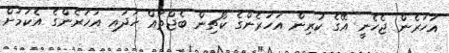
އަހަރެން ޖެހެނީ އޭގެ ކުރިން އަހަރެންގެ ކޯޗިން ބެޖްތައް ހަދައި އަހަރެންގެ އެކަމަށް